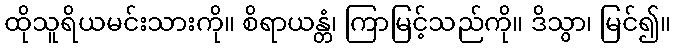
ထိုသူရိယမင်းသားကို။ စိရာယန္တံ၊ ကြာမြင့်သည်ကို။ ဒိသွာ၊ မြင်၍။